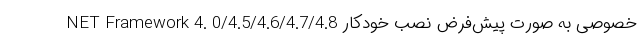
خصوصی به صورت پیش‌فرض نصب خودکار NET Framework 4. 0/4.5/4.6/4.7/4.8